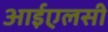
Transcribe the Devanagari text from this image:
आईएलसी